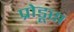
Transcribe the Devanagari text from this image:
प्रोडूस